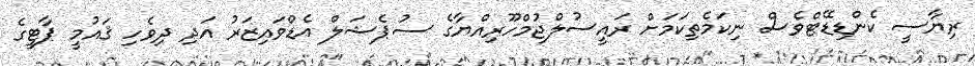
ރިޔާސީ ކެންޑިޑޭޓްވެސް ނިކަމެތިކަމަށް ރައީސުލްޖުމްހޫރިއްޔާގެ ސުޕެޝަލް އެޑްވައިޒަރު އަދި ދިވެހި ޤައުމީ ޕާޓީގެ